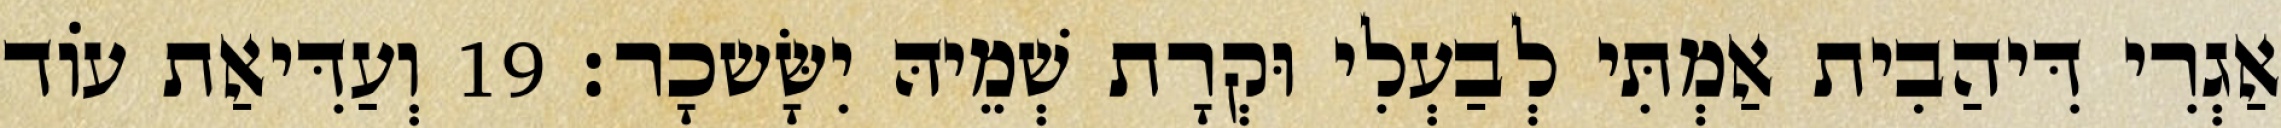
אַגְרִי דִּיהַבִית אַמְתִּי לְבַעְלִי וּקְרָת שְׁמֵיהּ יִשָּׂשכָר׃ 19 וְעַדִּיאַת עוֹד